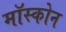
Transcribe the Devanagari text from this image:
मॉस्कोन